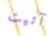
آتيت